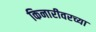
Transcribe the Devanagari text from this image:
किनारीवरच्या